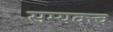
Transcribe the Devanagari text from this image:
सम्यक्त्व